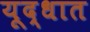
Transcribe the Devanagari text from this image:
यूद्धात